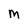
Character: M